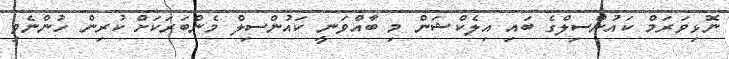
ނޮޅިވަރަމް ކައުންސިލްގެ ބައި އިލެކްޝަން މި ބާއްވަނީ ކައުންސިލް މެންބަރަކަށް ކުރިން ހުންނެވި